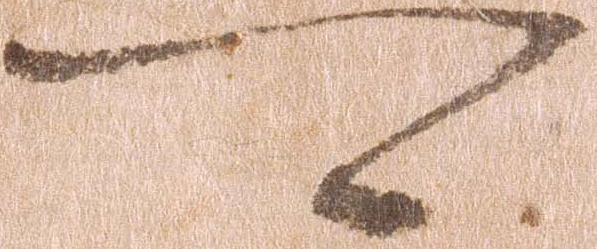
可